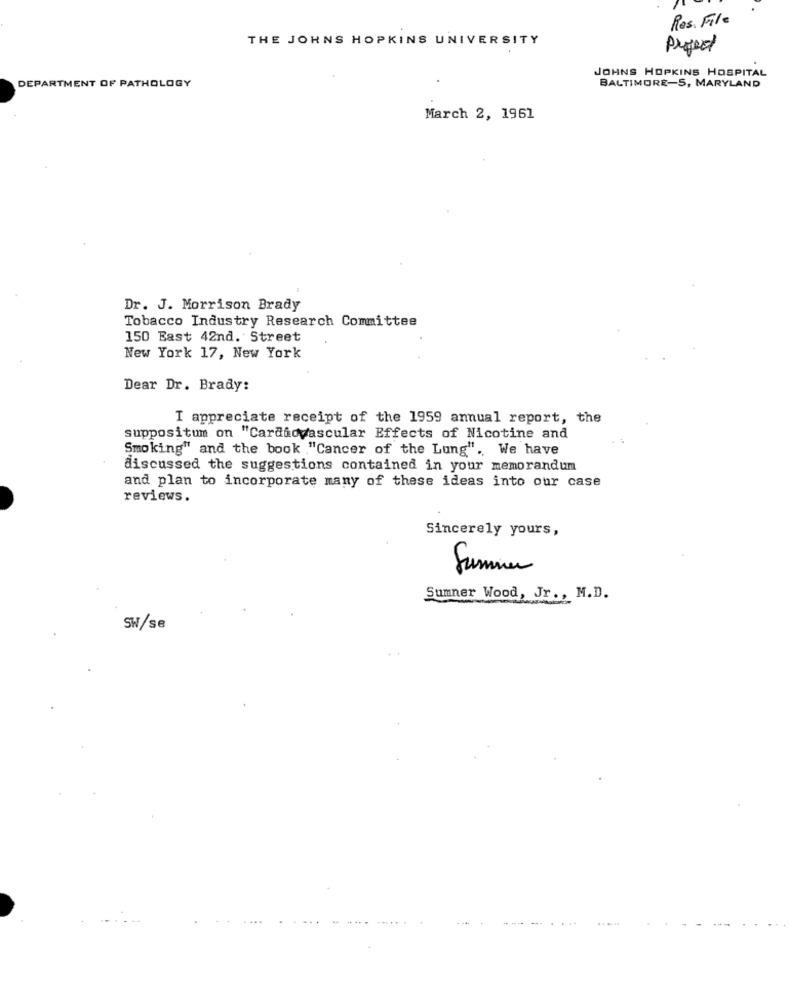
Res. File
THE JOHNS HOPKINS UNIVERSITY
Projet
JOHNS HOPKINS HOSPITAL
DEPARTMENT OF PATHOLOGY
BALTIMORE-5, MARYLAND
March 2, 1961
Dr. J. Morrison Brady
Tobacco Industry Research Committee
150 East 42nd. Street
New York 17, New York
Dear Dr. Brady:
I appreciate receipt of the 1959 annual report, the
suppositum on "Cardiovascular Effects of Nicotine and
Smoking" and the book "Cancer of the Lung". We have
discussed the suggestions contained in your memorandum
and plan to incorporate many of these ideas into our case
reviews.
Sincerely yours,
Summer
Sumner Wood, Jr ., M.D.
SW/se